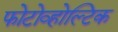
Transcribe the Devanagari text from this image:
फोटोव्होल्टिक